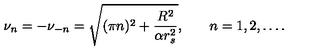
\nu _ { n } = - \nu _ { - n } = \sqrt { ( \pi n ) ^ { 2 } + \frac { R ^ { 2 } } { \alpha r _ { s } ^ { 2 } } } { , } \qquad n = 1 , 2 , \ldots { . }